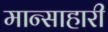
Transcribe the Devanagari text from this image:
मान्साहारी